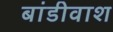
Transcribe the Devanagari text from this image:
बांडीवाश